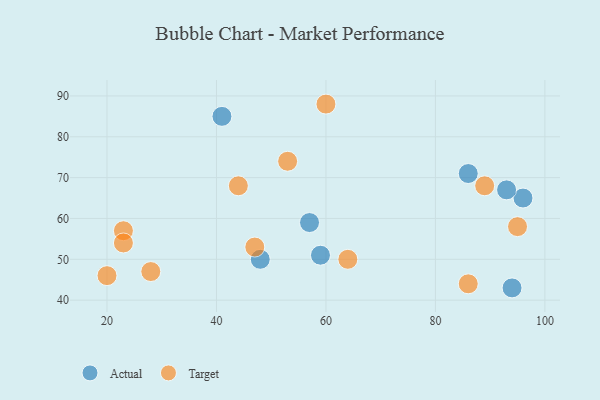
{"axis": {"x": "GDP", "y": "Life Expectancy"}, "legend": ["Actual", "Target"], "data": [{"x": "48", "y": 50, "type": "Actual"}, {"x": "94", "y": 43, "type": "Actual"}, {"x": "86", "y": 71, "type": "Actual"}, {"x": "96", "y": 65, "type": "Actual"}, {"x": "57", "y": 59, "type": "Actual"}, {"x": "93", "y": 67, "type": "Actual"}, {"x": "59", "y": 51, "type": "Actual"}, {"x": "41", "y": 85, "type": "Actual"}, {"x": "44", "y": 68, "type": "Target"}, {"x": "86", "y": 44, "type": "Target"}, {"x": "20", "y": 46, "type": "Target"}, {"x": "28", "y": 47, "type": "Target"}, {"x": "60", "y": 88, "type": "Target"}, {"x": "47", "y": 53, "type": "Target"}, {"x": "64", "y": 50, "type": "Target"}, {"x": "95", "y": 58, "type": "Target"}, {"x": "23", "y": 57, "type": "Target"}, {"x": "53", "y": 74, "type": "Target"}, {"x": "89", "y": 68, "type": "Target"}, {"x": "23", "y": 54, "type": "Target"}]}